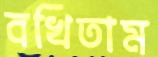
বখিতাম